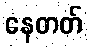
နေတတ်